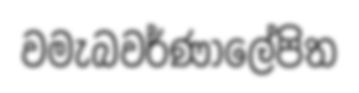
වමැබවර්ණාලේපිත